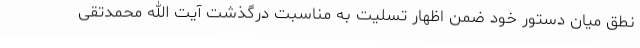
نطق میان دستور خود ضمن اظهار تسلیت به مناسبت درگذشت آیت الله محمدتقی